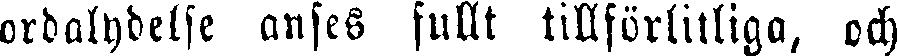
ordalydelse anses fullt tillförlitliga, och